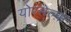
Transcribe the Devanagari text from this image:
योरसेल्फ़